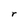
Character: r